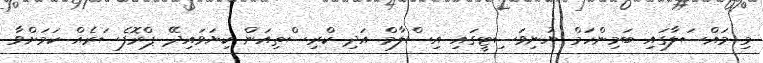
މި މައްސަލާގައި ބަމިންހަމް ޔުނިވަސިޓީގައި އިސްލާމް އަދި ކްރިސްތިއަން ކިޔަވައިދޭ ޕްރޮފެސަރެއް ކަމަށްވާ